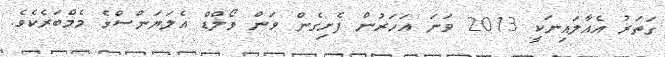
ގަތަރު އެއާލައިނަކީ 2013 ވަނަ އަހަރުން ފެށިގެން ވަން ވޯލްޑް އެލަޔަންސްގެ މެމްބަރެކެވެެ.